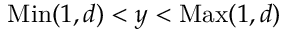
\mathrm { M i n } ( 1 , d ) < y < \mathrm { M a x } ( 1 , d )